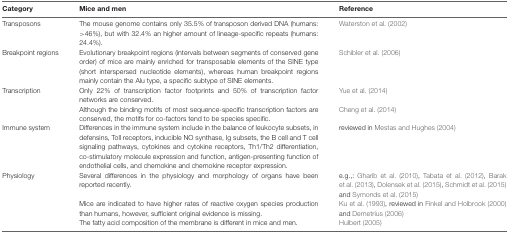
<table><thead><tr><td><b>Category</b></td><td><b>Mice and men</b></td><td><b>Reference</b></td></tr></thead><tbody><tr><td>Transposons</td><td>The mouse genome contains only 35.5% of transposon derived DNA (humans: &gt;46%), but with 32.4% an higher amount of lineage-specific repeats (humans: 24.4%).</td><td>Waterston et al. (2002)</td></tr><tr><td>Breakpoint regions</td><td>Evolutionary breakpoint regions (intervals between segments of conserved gene order) of mice are mainly enriched for transposable elements of the SINE type (short interspersed nucleotide elements), whereas human breakpoint regions mainly contain the Alu type, a specific subtype of SINE elements.</td><td>Schibler et al. (2006)</td></tr><tr><td>Transcription</td><td>Only 22% of transcription factor footprints and 50% of transcription factor networks are conserved.</td><td>Yue et al. (2014)</td></tr><tr><td></td><td>Although the binding motifs of most sequence-specific transcription factors are conserved, the motifs for co-factors tend to be species specific.</td><td>Cheng et al. (2014)</td></tr><tr><td>Immune system</td><td>Differences in the immune system include in the balance of leukocyte subsets, in defensins, Toll receptors, inducible NO synthase, Ig subsets, the B cell and T cell signaling pathways, cytokines and cytokine receptors, Th1/Th2 differentiation, co-stimulatory molecule expression and function, antigen-presenting function of endothelial cells, and chemokine and chemokine receptor expression.</td><td>reviewed in Mestas and Hughes (2004)</td></tr><tr><td>Physiology</td><td>Several differences in the physiology and morphology of organs have been reported recently.</td><td>e.g.,: Gharib et al. (2010), Tabata et al. (2012), Barak et al. (2013), Dolenšek et al. (2015), Schmidt et al. (2015) and Symonds et al. (2015)</td></tr><tr><td></td><td>Mice are indicated to have higher rates of reactive oxygen species production than humans, however, sufficient original evidence is missing.</td><td>Ku et al. (1993), reviewed in Finkel and Holbrook (2000) and Demetrius (2006)</td></tr><tr><td></td><td>The fatty acid composition of the membrane is different in mice and men.</td><td>Hulbert (2005)</td></tr></tbody></table>